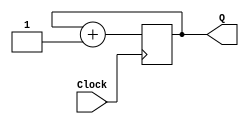
// This program was cloned from: https://github.com/simonmonk/prog_fpgas
// License: MIT License

module counter(
    input Clock,
    output reg [3:0] Q
    );
	 
always @(posedge Clock)
begin
	Q <= Q + 1;
end

endmodule